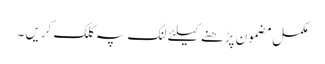
مکمل مضمون پڑھنے کیلئے لنک پہ کلک کریں ۔